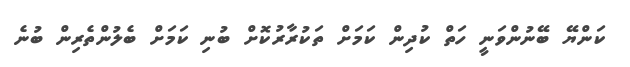
ކަންޔޭ ބޭނުންވަނީ ހަތް ކުދިން ކަމަށް ތަކުރާރުކޮށް ބުނި ކަމަށް ބެލުންތެރިން ބުނެ